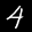
Label: 4